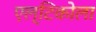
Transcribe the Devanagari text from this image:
एल्टिकोला